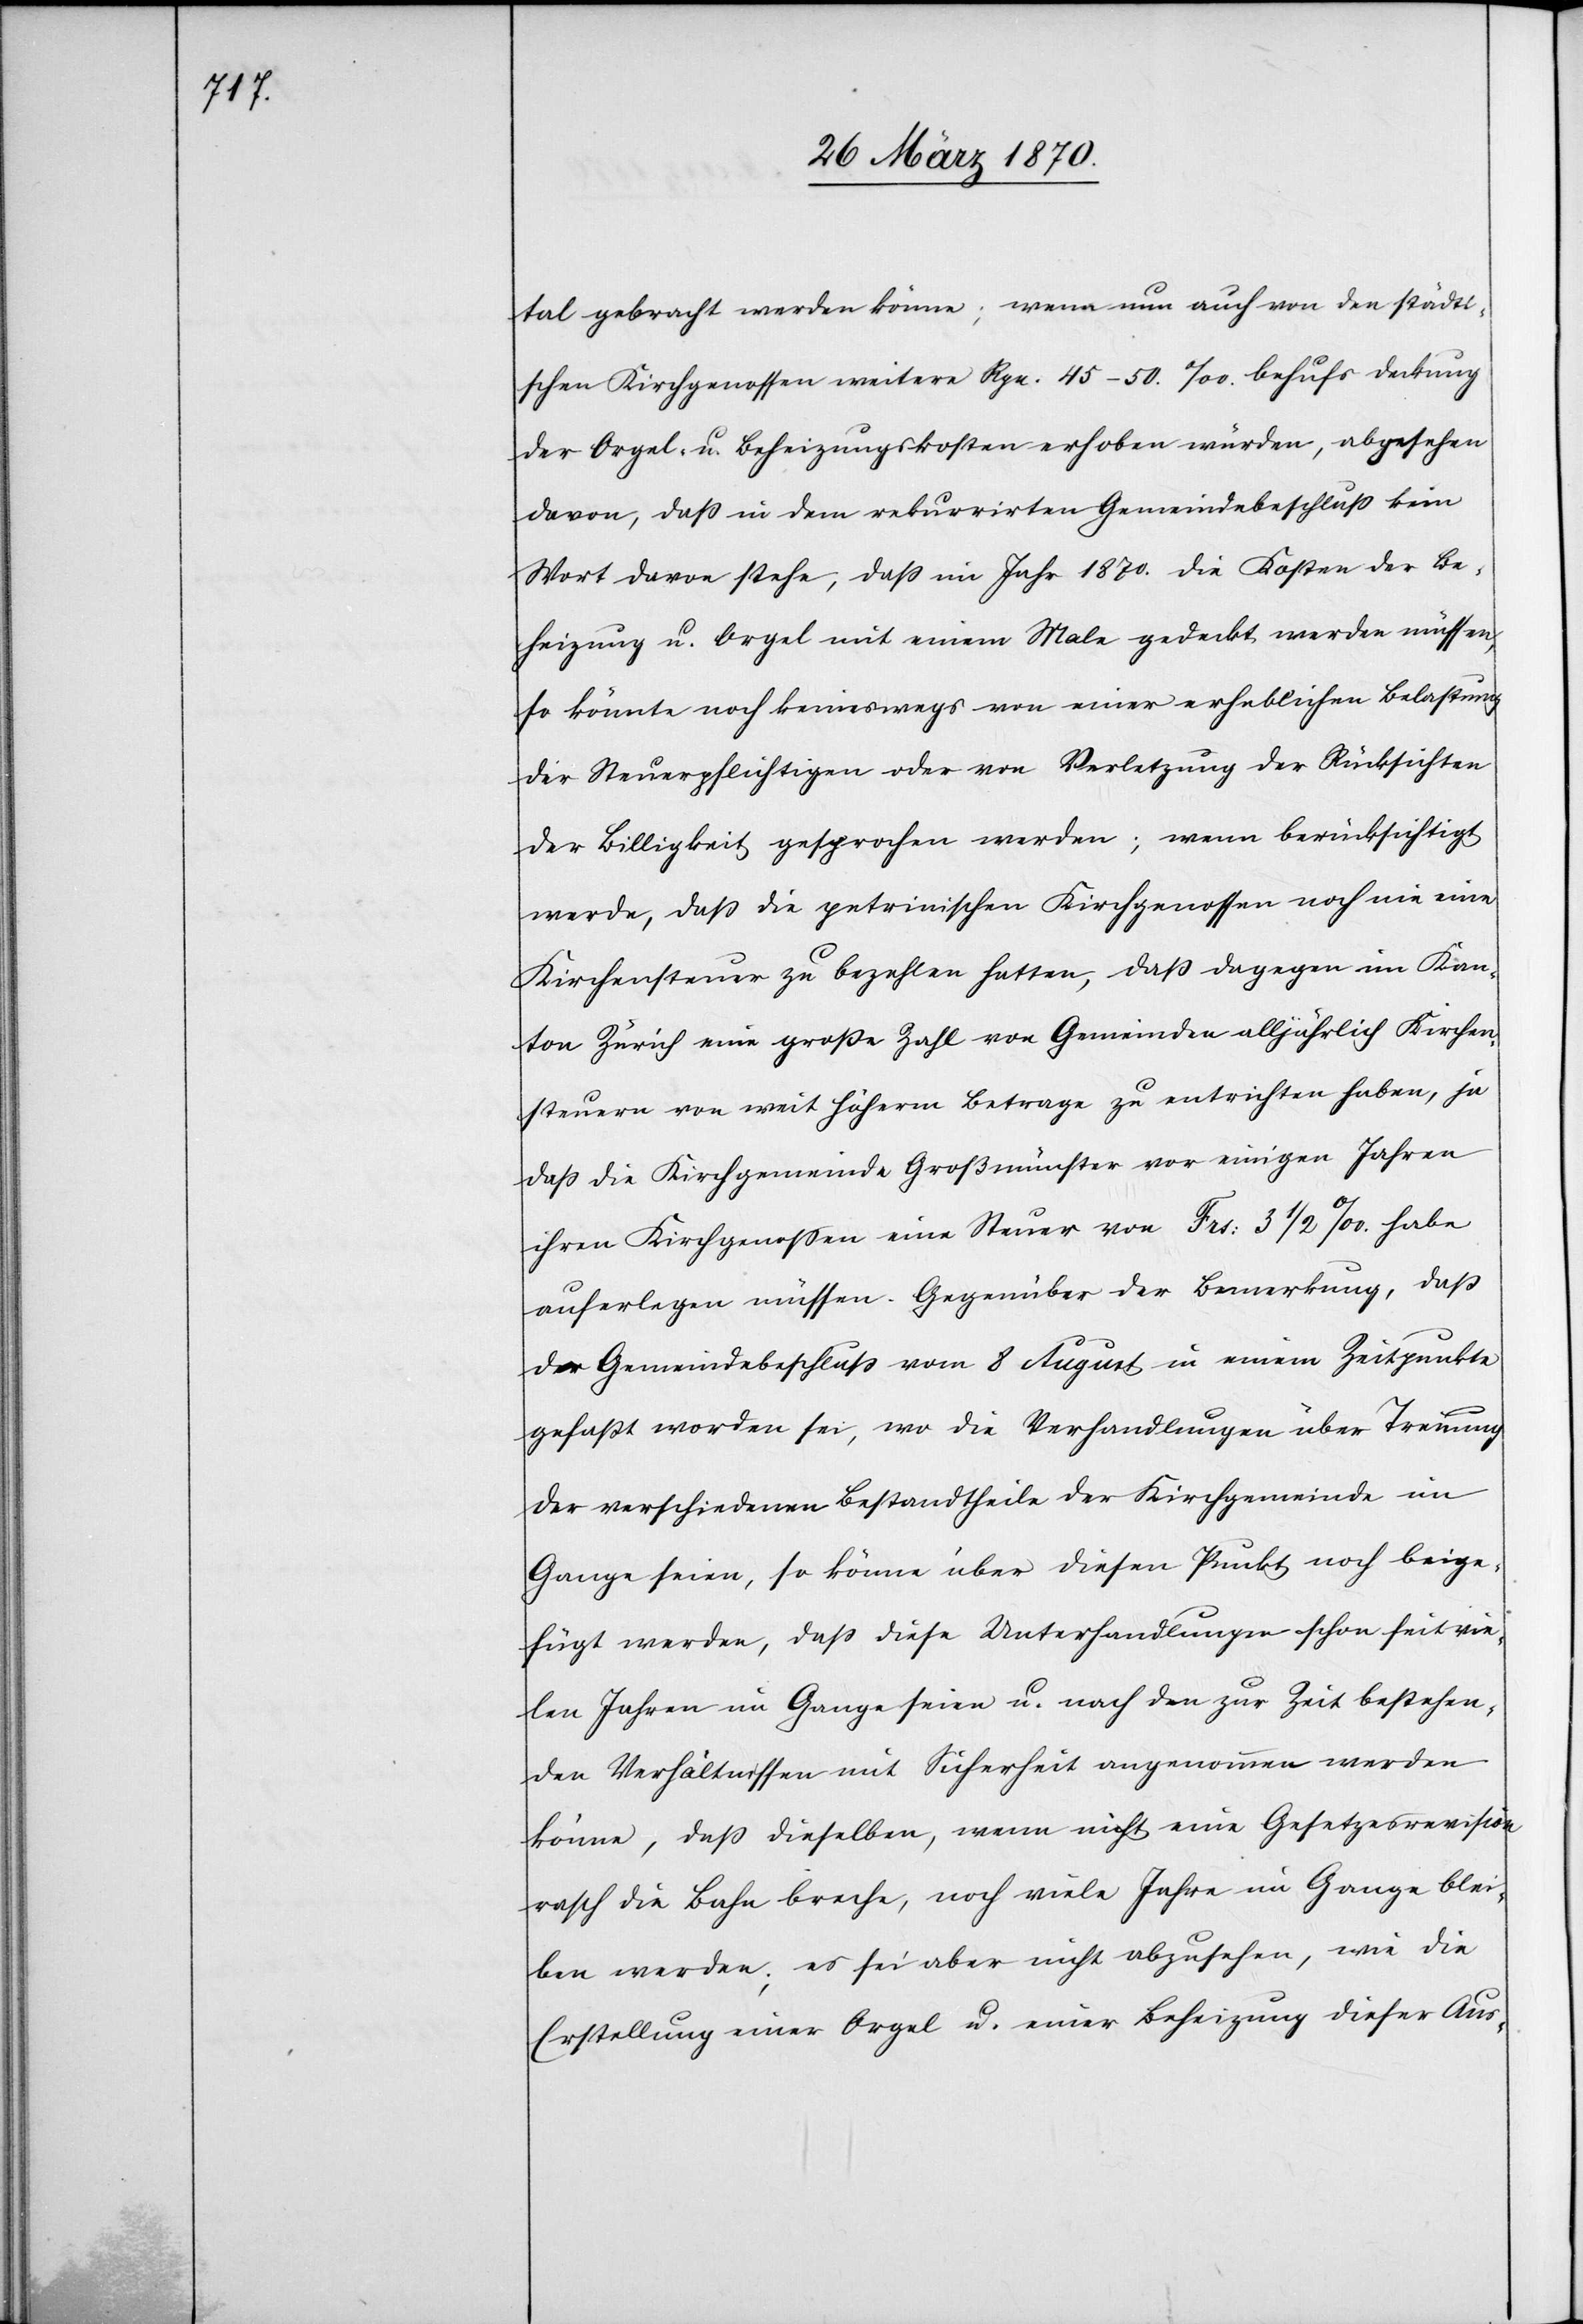
tal gebracht werden könne; wenn nun auch von den städti¬
schen Kirchgenossen weitere Rpn. 45–50.‰ behufs Deckung
der Orgel- u. Beheizungskosten erhoben würden, abgesehen
davon, daß in dem rekurrirten Gemeindebeschluß kein
Wort davon stehe, daß im Jahr 1870. die Kosten der Be¬
heizung u. Orgel mit einem Male gedeckt werden müssen,
so könnte noch keineswegs von einer erheblichen Belastung
der Steuerpflichtigen oder von Verletzung der Rücksichten
der Billigkeit gesprochen werden; wenn berücksichtigt
werde, daß die petrinischen Kirchenossen noch nie eine
Kirchensteuer zu bezahlen hatten, daß dagegen im Kan¬
ton Zürich eine große Zahl von Gemeinden alljährlich Kirchen¬
steuern von weit höherm Betrage zu entrichten haben, ja
daß die Kirchgemeinde Großmünster vor einigen Jahren
ihren Kirchgenossen eine Steuer von Frs: 3 1/2‰. habe
auferlegen müssen. Gegenüber der Bemerkung, daß
der Gemeindebeschluß vom 8 August in einem Zeitpunkte
gefaßt worden sei, wo die Verhandlungen über Trennung
der verschiedenen Bestandtheile der Kirchgemeinde im
Gange seien, so könne über diesen Punkt noch beige¬
fügt werden, daß diese Unterhandlungen schon seit vie¬
len Jahren im Gange seien u. nach den zur Zeit bestehen¬
den Verhältnissen mit Sicherheit angenommen werden
könne, daß dieselben, wenn nicht eine Gesetzesrevision
rasch die Bahn breche, noch viele Jahre im Gange blei¬
ben werden; es sei aber nicht abzusehen, wie die
Erstellung einer Orgel u. einer Beheizung dieser Aus-